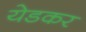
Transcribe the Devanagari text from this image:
येडकर